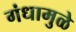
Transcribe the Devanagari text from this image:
गंधामुळे